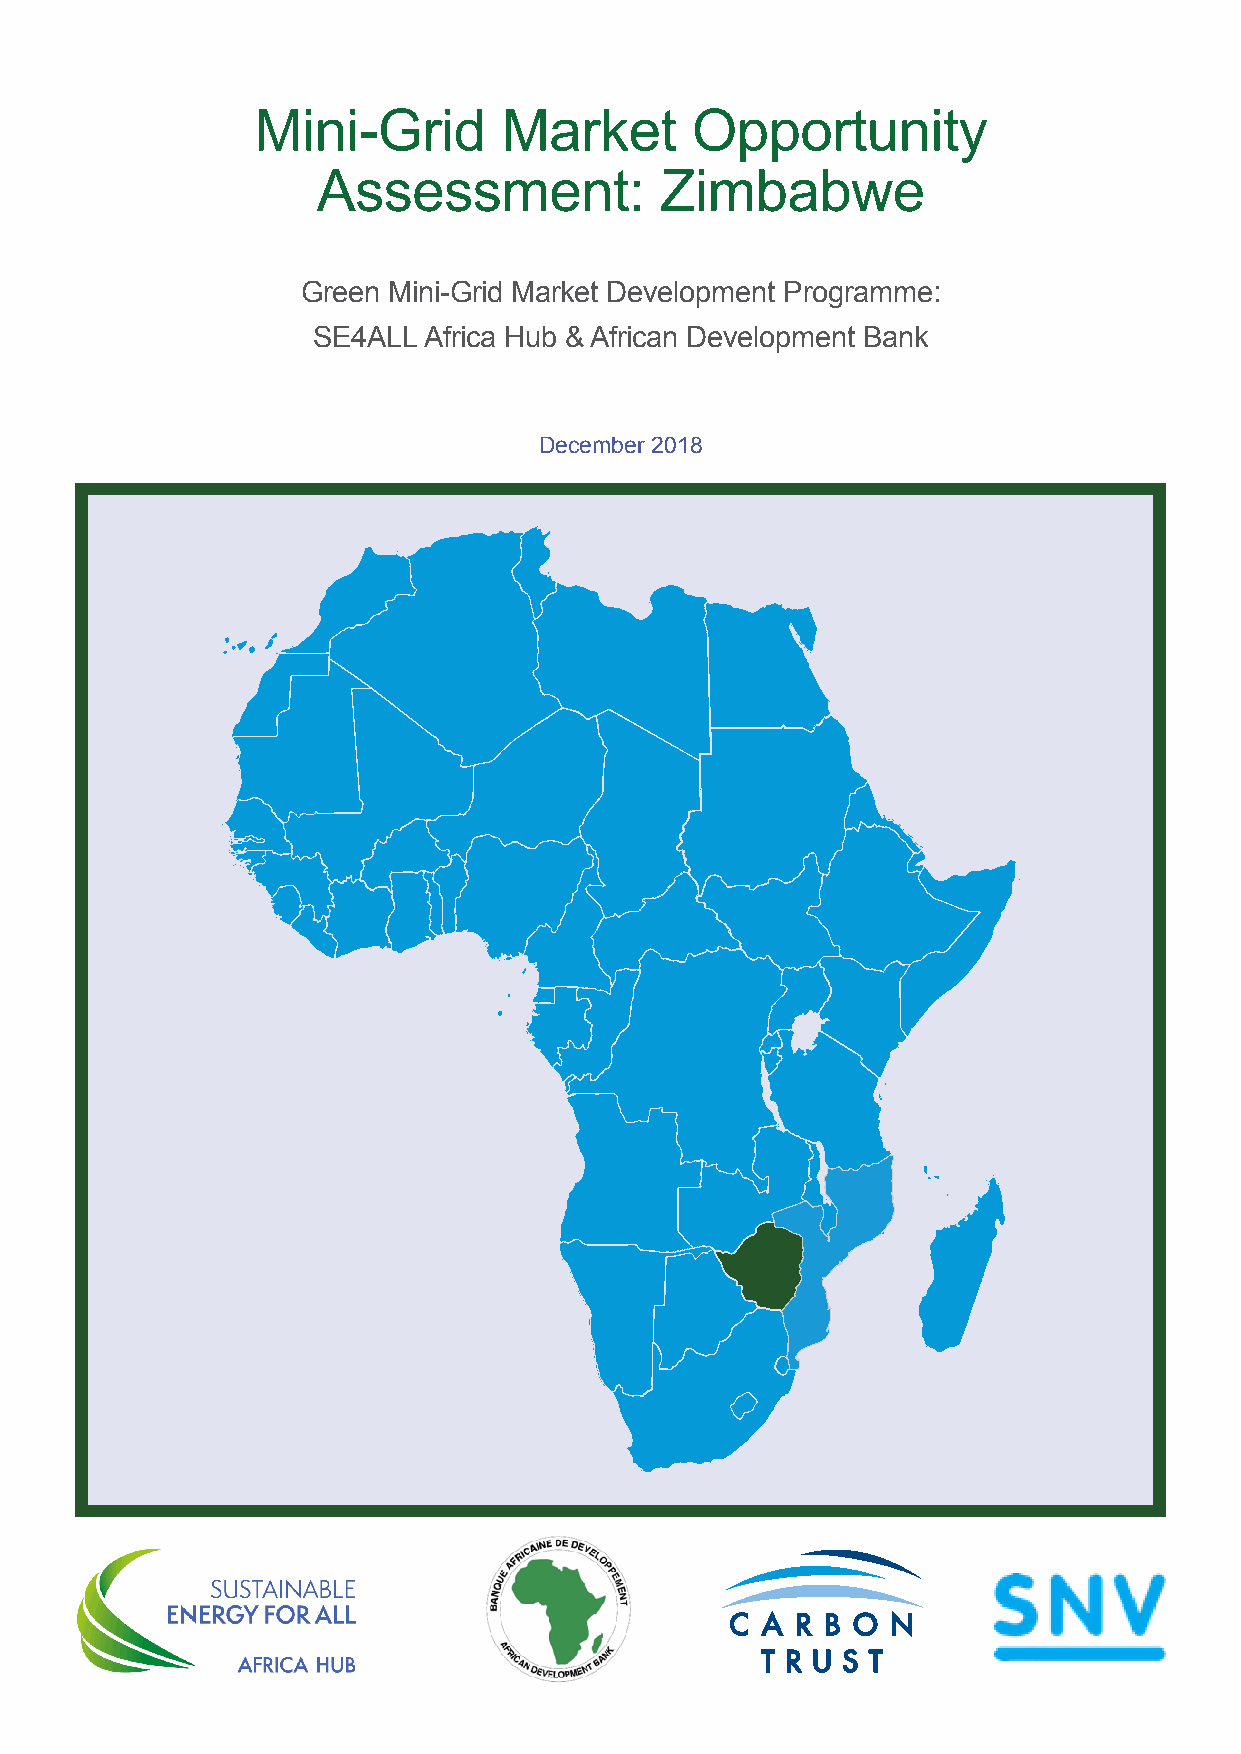
Mini-Grid       Market       Opportunity
 Assessment:            Zimbabwe
 Green Mini-Grid Market Development Programme:
 SE4ALL Africa Hub & African Development Bank
 December 2018